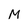
Character: M